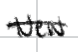
Text: New
Cross-out: single-line
Writing tool: digital_black